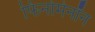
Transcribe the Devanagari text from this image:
फिनोमेनॉन